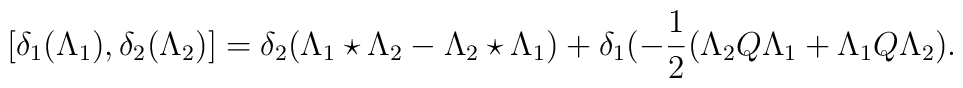
[\delta_{1}(\Lambda_{1}),\delta_{2}(\Lambda_{2})]=\delta_{2}(\Lambda_{1}\star \Lambda_{2}-\Lambda_{2} \star\Lambda_{1})+\delta_{1}(-\frac{1}{2}(\Lambda_{2} Q \Lambda_{1} +\Lambda_{1} Q\Lambda_{2}).